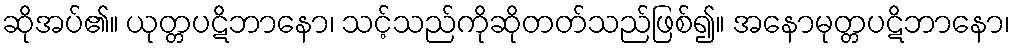
ဆိုအပ်၏။ ယုတ္တပဋိဘာနော၊ သင့်သည်ကိုဆိုတတ်သည်ဖြစ်၍။ အနောမုတ္တပဋိဘာနော၊